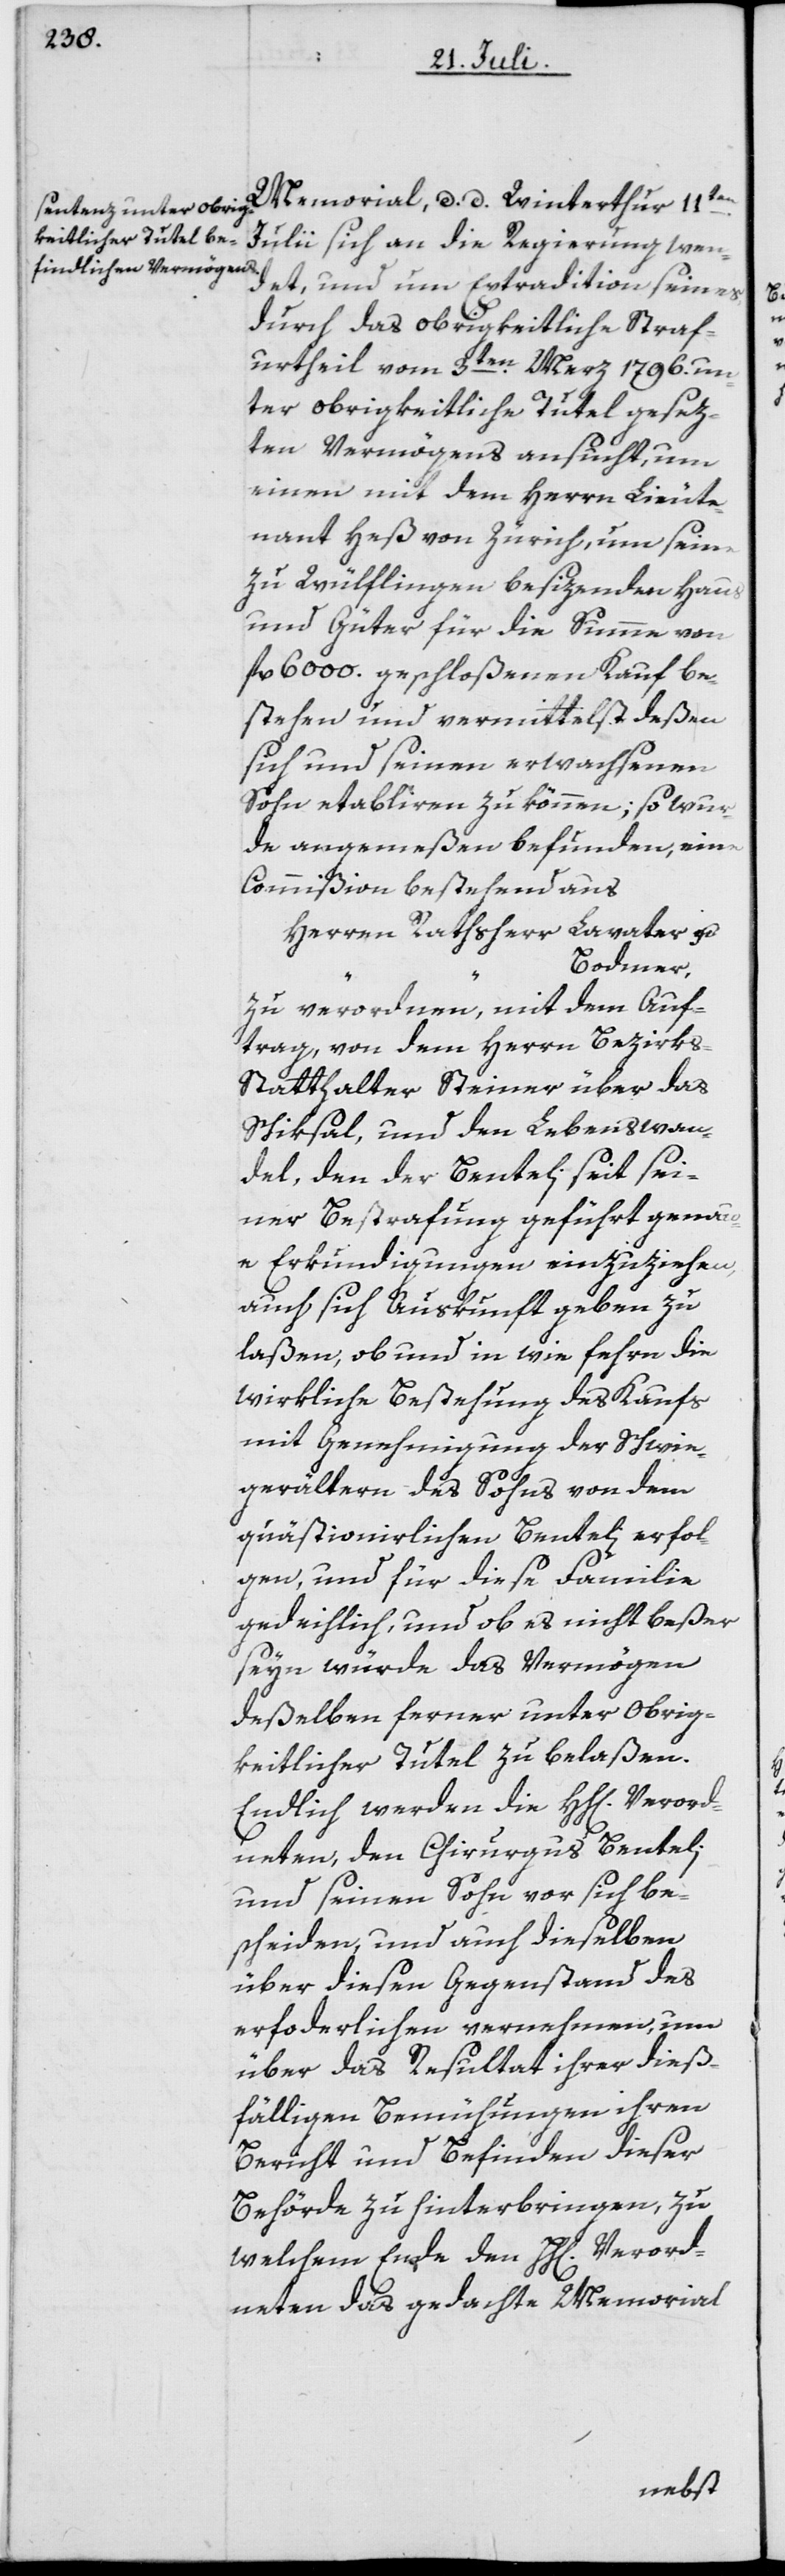
Memorial, d. d. Winterthur 11ten
Julii sich an die Regierung wen¬
det, und um Extradition seines
durch das obrigkeitliche Straf¬
urtheil vom 3ten Merz 1796. un¬
ter obrigkeitliche Tutel gesez¬
ten Vermögens ansucht, um
einen mit dem Herrn Lieute¬
nant Heß von Zürich, um seine
zu Wülflingen besizenden Haus
und Güter für die Summe von
fl. 6000 geschloßenen Kauf be¬
stehen und vermittelst deßen
sich und seinen erwachsenen
Sohn etabliren zu können; so wur¬
de angemeßen befunden, eine
Commißion bestehend aus
Herren Rathsherr Lavater u.
Bodmer,
zu verordnen, mit dem Auf¬
trag, von dem Herrn Bezirks-S¬
tatthalter Steiner über das
Schiksal, und den Lebenswan¬
del, den der Benteli seit sei¬
ner Bestrafung geführt, gena¬
ue Erkundigungen einzuziehen,
auch sich Auskunft geben zu
laßen, ob und in wie fehrn die
wirkliche Bestehung des Kaufs
mit Genehmigung der Schwie¬
gerältern des Sohns von dem
quästionirlichen Benteli erfol¬
gen, und für diese Familie
gedeihlich, und ob es nicht beßer
seyn würde das Vermögen
deßelben ferner unter Obrig¬
keitlicher Tutel zu belaßen.
Endlich werden die HH[erren] Verord¬
neten, den Chirurgus Benteli
und seinen Sohn vor sich be¬
scheiden, und auch dieselben
über diesen Gegenstand des
erforderlichen vernehmen, um
über das Resultat ihrer dieß¬
fälligen Bemühungen ihren
Bericht und Befinden dieser
Behörde zu hinterbringen, zu
welchem Ende den HH[erren] Verord¬
neten das gedachte Memorial